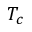
T _ { c }